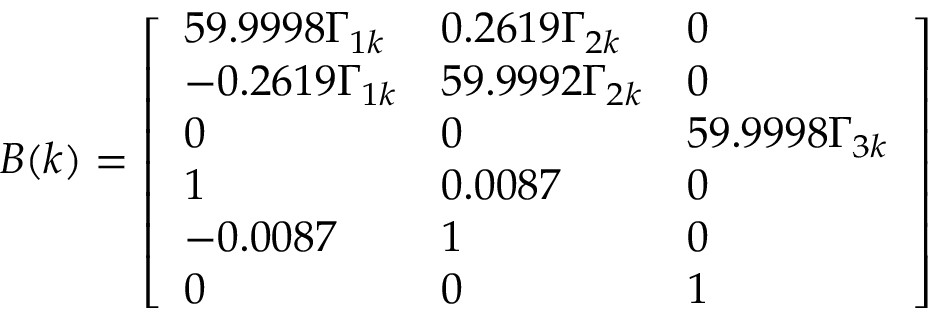
\boldsymbol { B } ( k ) = \left[ \begin{array} { l l l } { 5 9 . 9 9 9 8 \Gamma _ { 1 k } } & { 0 . 2 6 1 9 \Gamma _ { 2 k } } & { 0 } \\ { - 0 . 2 6 1 9 \Gamma _ { 1 k } } & { 5 9 . 9 9 9 2 \Gamma _ { 2 k } } & { 0 } \\ { 0 } & { 0 } & { 5 9 . 9 9 9 8 \Gamma _ { 3 k } } \\ { 1 } & { 0 . 0 0 8 7 } & { 0 } \\ { - 0 . 0 0 8 7 } & { 1 } & { 0 } \\ { 0 } & { 0 } & { 1 } \end{array} \right]